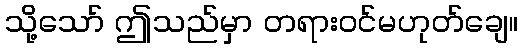
သို့သော် ဤသည်မှာ တရားဝင်မဟုတ်ချေ။